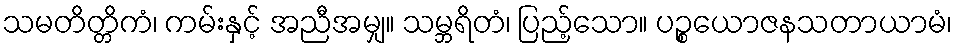
သမတိတ္တိကံ၊ ကမ်းနှင့် အညီအမျှ။ သမ္ဘရိတံ၊ ပြည့်သော။ ပဉ္စယောဇနသတာယာမံ၊